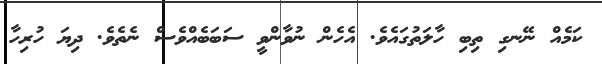
ކަމެއް ނޭނގި ތިބި ހާލަތުގައެވެ. އެހެން ނުވާންވީ ސަބަބެއްވެސް ނެތެވެ. ދިޔަ ހުރިހާ